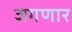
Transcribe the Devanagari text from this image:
जगणार